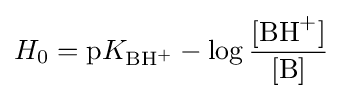
H_{0}={\ce {p}}K_{{\ce {BH+}}}-\log {\frac {{\ce {[BH+]}}}{{\ce {[B]}}}}